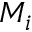
M _ { i }